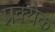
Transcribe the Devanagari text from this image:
प्रक्येक